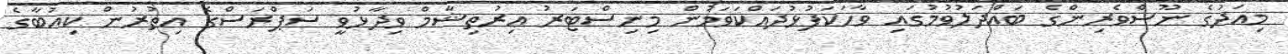
މިއަދުގެ ނޫސްވެރިންގެ ބައްދަލުވުމުގައި ވާހަކަފުޅުދައްކަވަމުން މިނިސްޓަރު އިރުތިޝާމް ވިދާޅުވީ ސަޕްރަސްގެ އިތުރުން ކިއުބާގެ